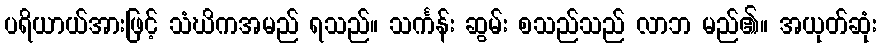
ပရိယာယ်အားဖြင့် သံဃိကအမည် ရသည်။ သင်္ကန်း ဆွမ်း စသည်သည် လာဘ မည်၏။ အယုတ်ဆုံး